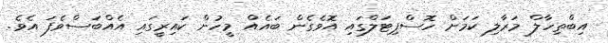
އިބްތިހާލް މަރާލި ކަމަށް ހޮސްޕިޓަލްގައި އޮވެގެން ބައެއް މީހުން ކައިރީގައި އެއްބަސްވެފަ އެވެ.